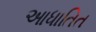
આધાતિત